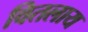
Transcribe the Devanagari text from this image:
वितलाय